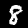
Digit: 8